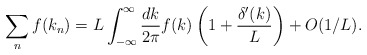
\begin{align*}\sum_n f(k_n) = L \int_{-\infty}^\infty{dk\over2\pi}f(k)\left(1 + {\delta^\prime(k)\over L}\right) + O(1/L).\end{align*}